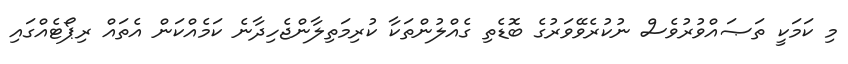
މި ކަމަކީ ތަޞައްވުރުވެސް ނުކުރެވޭވަރުގެ ބޮޑެތި ގެއްލުންތަކާ ކުރިމަތިލާންޖެހިދާނެ ކަމެއްކަން އެތައް ރިޕޯޓެއްގައި